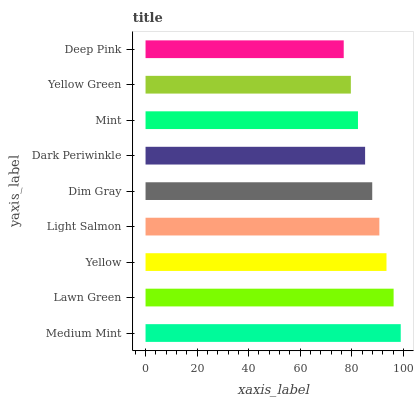
| yaxis_label | bars |
 | --- | --- |
 | Medium Mint | 99 |
 | Lawn Green | 96.2 |
 | Yellow | 93.5 |
 | Light Salmon | 90.7 |
 | Dim Gray | 87.9 |
 | Dark Periwinkle | 85.2 |
 | Mint | 82.4 |
 | Yellow Green | 79.6 |
 | Deep Pink | 76.9 |